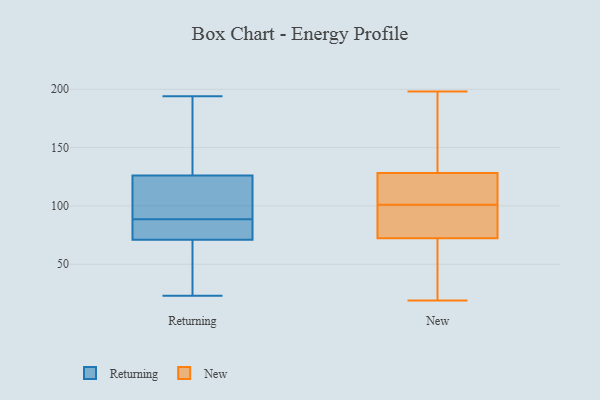
{"axis": {"x": "Conversion Rate (%)", "y": "Value"}, "legend": ["New", "Returning"], "data": [{"x": "", "y": 98, "type": "Returning"}, {"x": "", "y": 71, "type": "Returning"}, {"x": "", "y": 130, "type": "Returning"}, {"x": "", "y": 84, "type": "Returning"}, {"x": "", "y": 23, "type": "Returning"}, {"x": "", "y": 194, "type": "Returning"}, {"x": "", "y": 70, "type": "Returning"}, {"x": "", "y": 92, "type": "Returning"}, {"x": "", "y": 75, "type": "Returning"}, {"x": "", "y": 31, "type": "Returning"}, {"x": "", "y": 96, "type": "Returning"}, {"x": "", "y": 85, "type": "Returning"}, {"x": "", "y": 170, "type": "Returning"}, {"x": "", "y": 126, "type": "Returning"}, {"x": "", "y": 81, "type": "New"}, {"x": "", "y": 169, "type": "New"}, {"x": "", "y": 119, "type": "New"}, {"x": "", "y": 49, "type": "New"}, {"x": "", "y": 198, "type": "New"}, {"x": "", "y": 28, "type": "New"}, {"x": "", "y": 126, "type": "New"}, {"x": "", "y": 135, "type": "New"}, {"x": "", "y": 109, "type": "New"}, {"x": "", "y": 19, "type": "New"}, {"x": "", "y": 99, "type": "New"}, {"x": "", "y": 80, "type": "New"}, {"x": "", "y": 101, "type": "New"}]}